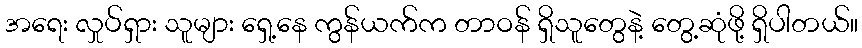
အရေး လှုပ်ရှား သူများ ရှေ့နေ ကွန်ယက်က တာဝန် ရှိသူတွေနဲ့ တွေ့ဆုံဖို့ ရှိပါတယ်။